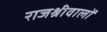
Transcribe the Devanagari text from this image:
राजश्रीवालों